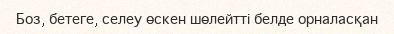
Боз, бетеге, селеу өскен шөлейтті белде орналасқан